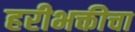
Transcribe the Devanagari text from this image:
हरीभक्तीचा